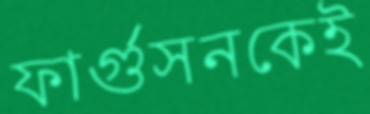
ফার্গুসনকেই